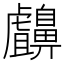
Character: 𪖸